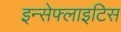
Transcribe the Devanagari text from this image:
इन्सेफ्लाइटिस